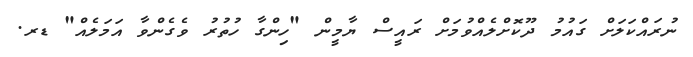
ނުރައްކަލަށް ގައުމު ދޫކޮށްލެއްވުމަށް ރައީސް ޔާމީން "ހިންގާ ހުތުރު ވެގެންވާ އަމަލެއް" ޑރ.